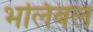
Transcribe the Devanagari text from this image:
भलिबल